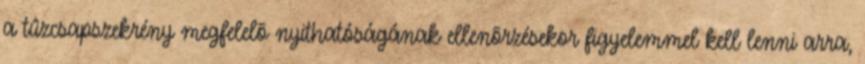
a tûzcsapszekrény megfelelõ nyithatóságának ellenõrzésekor figyelemmel kell lenni arra,